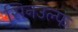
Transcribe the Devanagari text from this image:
सिनउल्फ